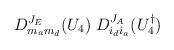
LaTeX: \begin{align*}D^{J_E}_{m_am_d}(U_4)\;D^{J_A}_{i_di_a}(U_4^\dagger)\end{align*}